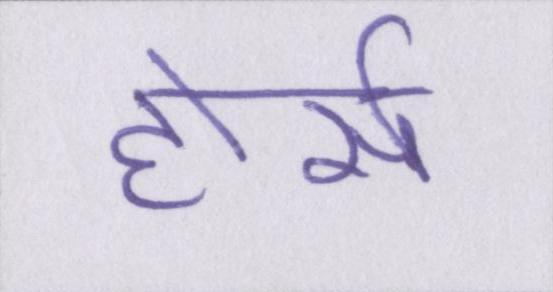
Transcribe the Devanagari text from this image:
होर्स